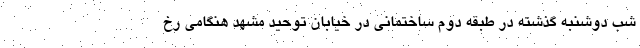
شب دوشنبه گذشته در طبقه دوم ساختمانی در خیابان توحید مشهد هنگامی رخ